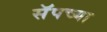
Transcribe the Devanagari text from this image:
सॅपच्या